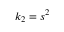
k _ { 2 } = s ^ { 2 }